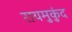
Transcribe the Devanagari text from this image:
रायमुकुंद